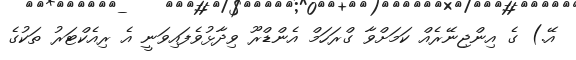
އޭ.) ގެ އިންޖިނޭރެއް ކަމަށްވާ ގްރަހަމް އެންޑްރޫ ވިދާޅުވެފައިވަނީ އެ ރިއެކްޓަރު ތަކުގެ